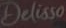
Delisso